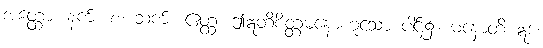
အတ္ထော၊ နက်။ စ၊ ဆက်။ ဧတ္ထ၊ ဤဣတိစိတ္တမနောဟူသော ပါဌ်၌။ မနောတိ ဣဒံ၊